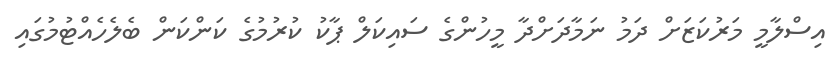
އިސްލާމީ މަރުކަޒަށް ދަމު ނަމާދަށްދާ މީހުންގެ ސައިކަލް ޕާކު ކުރުމުގެ ކަންކަން ބެލެހެއްޓުމުގައި